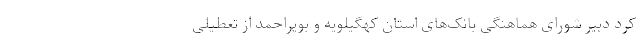
کرد دبیر شورای هماهنگی بانک‌های استان کهگیلویه و بویراحمد از تعطیلی